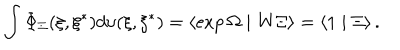
\int \Phi _ { \Xi } ( \xi , \xi ^ { * } ) d \upsilon ( \xi , \xi ^ { * } ) = \left\langle \exp \Omega \mid \mathrm { W } \Xi \right\rangle = \left\langle 1 \mid \Xi \right\rangle .